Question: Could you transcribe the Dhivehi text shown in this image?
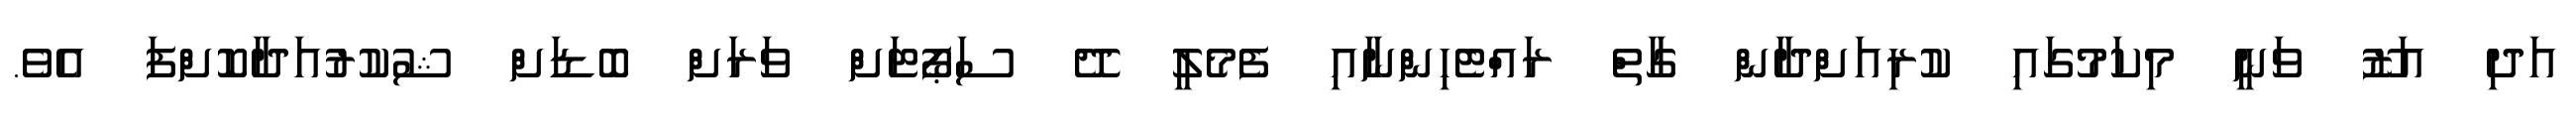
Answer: އަދި އަޒޫ ވަނީ މިކަމުގައި ކުރިއަށްދާން ގާތް ރައްޓެހިންނާއި ފެމެލީ ދޭ ސަޕޯޓަށް ވަރަށް ބޮޑަށް ޝުކުރުއަދާކޮށްފަ އެވެ.